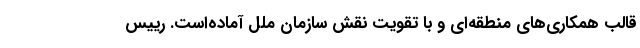
قالب همکاری‌های منطقه‌ای و با تقویت نقش سازمان ملل آماده‌است. رییس